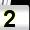
Digit: 2